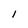
Character: i